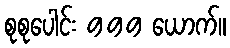
စုစုပေါင်း 999 ယောက်။